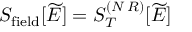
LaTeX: S _ { \mathrm { f i e l d } } [ \widetilde { E } ] = S _ { T } ^ { ( N \, R ) } [ \widetilde { E } ]